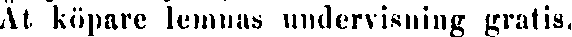
Åt köpare lemnas undervisning gratis.